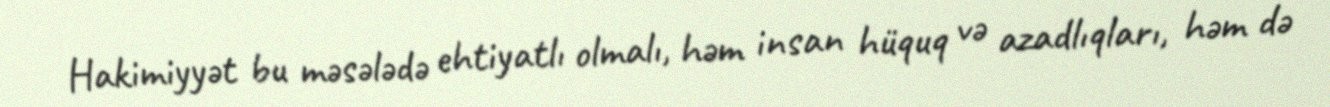
Hakimiyyət bu məsələdə ehtiyatlı olmalı, həm insan hüquq və azadlıqları, həm də